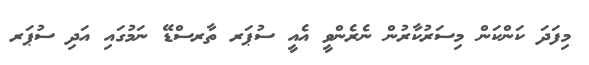
މިފަދަ ކަންކަން މިސަރުކާރުން ނެރެންވީ އެއީ ސުޕަރ ތާރސްޑޭ ނަމުގައި އަދި ސުޕަރ